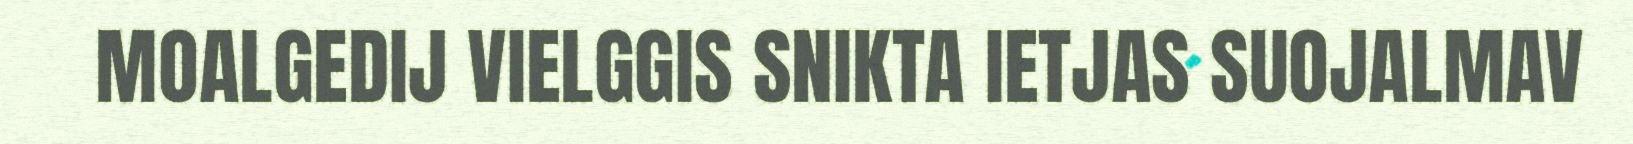
MOALGEDIJ VIELGGIS SNIKTA IETJAS SUOJALMAV